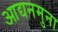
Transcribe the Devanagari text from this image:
आद्यनमुना